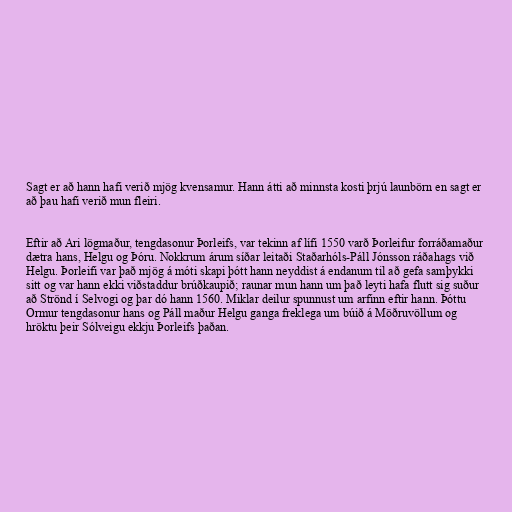
Sagt er að hann hafi verið mjög kvensamur. Hann átti að minnsta kosti þrjú launbörn en sagt er
að þau hafi verið mun fleiri.

Eftir að Ari lögmaður, tengdasonur Þorleifs, var tekinn af lífi 1550 varð Þorleifur forráðamaður
dætra hans, Helgu og Þóru. Nokkrum árum síðar leitaði Staðarhóls-Páll Jónsson ráðahags við
Helgu. Þorleifi var það mjög á móti skapi þótt hann neyddist á endanum til að gefa samþykki
sitt og var hann ekki viðstaddur brúðkaupið; raunar mun hann um það leyti hafa flutt sig suður
að Strönd í Selvogi og þar dó hann 1560. Miklar deilur spunnust um arfinn eftir hann. Þóttu
Ormur tengdasonur hans og Páll maður Helgu ganga freklega um búið á Möðruvöllum og
hröktu þeir Sólveigu ekkju Þorleifs þaðan.